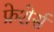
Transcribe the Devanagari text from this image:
फ्रेशेर्स